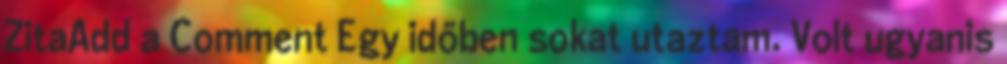
ZitaAdd a Comment Egy időben sokat utaztam. Volt ugyanis